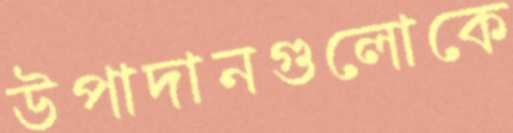
উপাদানগুলোকে